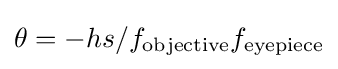
\theta =-hs/f_{\text{objective}}f_{\text{eyepiece}}